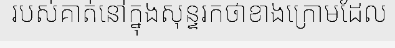
របស់គាត់នៅក្នុងសុន្ទរកថាខាងក្រោមដែល